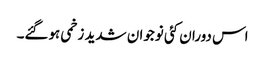
اس دوران کئی نوجوان شدید زخمی ہوگئے۔